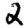
Digit: 2